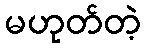
မဟုတ်တဲ့